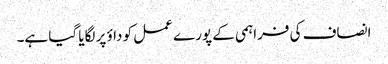
انصاف کی فراہمی کے پورے عمل کو داؤ پر لگایا گیا ہے۔